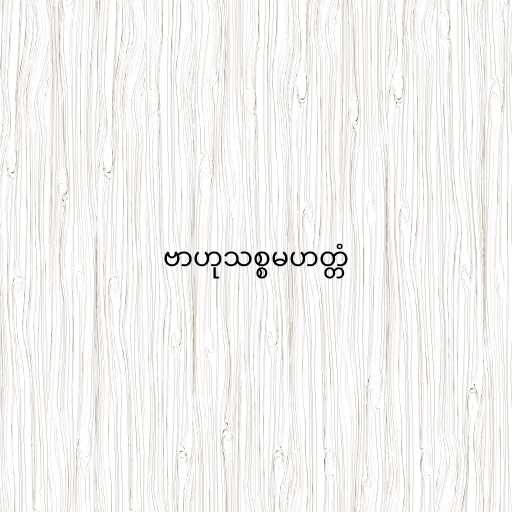
ဗာဟုသစ္စမဟတ္တံ